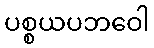
ပစ္စယပဘဝေါ